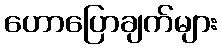
ဟောပြောချက်များ